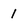
Character: 1